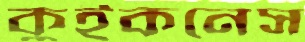
কুইকনেস